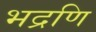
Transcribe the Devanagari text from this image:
भद्रणि